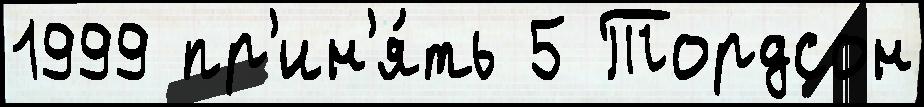
1999 пр'ин'я́ть 5 Тордсон